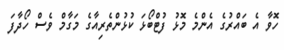
ހޮވާ އެ ބައްރުގެ އެންމެ މޮޅު ފުޓްބޯޅަ ކުޅުންތެރިއާގެ މަގާމް ވެސް ހޯދާފަ